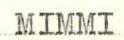
MIMMI